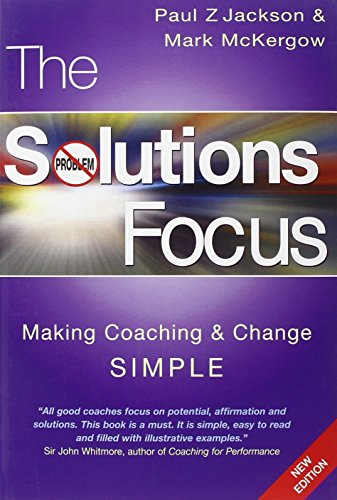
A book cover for The Solutions Focus: Making Coaching and Change SIMPLE; Paul Z. Jackson; Business & Money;